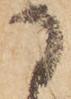
に